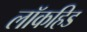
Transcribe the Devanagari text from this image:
लॉकहिड